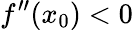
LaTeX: f^{\prime\prime}(x_{0})<0